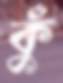
কুঁ